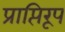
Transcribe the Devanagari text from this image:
प्राप्तिरूप